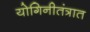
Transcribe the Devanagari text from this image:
योगिनीतंत्रात